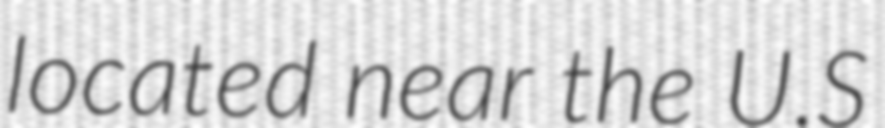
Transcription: located near the U.S